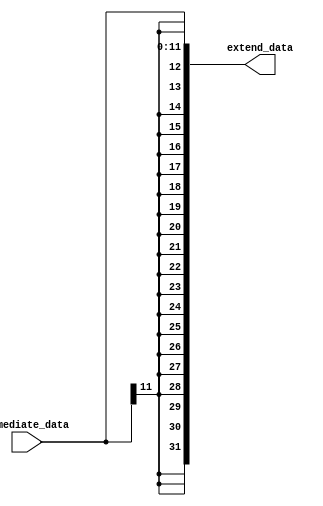
module signed_extend
(
    inmediate_data  ,
    extend_data   
);
    parameter N=12;
    input[N-1:0] inmediate_data;
    output[31:0] extend_data;
    assign extend_data={{{32-N}{inmediate_data[N-1]}},inmediate_data};
endmodule